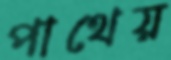
পাথেয়